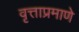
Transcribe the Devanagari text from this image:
वृत्ताप्रमाणे